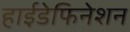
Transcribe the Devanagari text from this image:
हाईडेफिनेशन